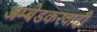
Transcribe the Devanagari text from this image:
अम्‍बेडकरवादी